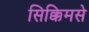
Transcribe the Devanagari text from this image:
सिक्किमसे